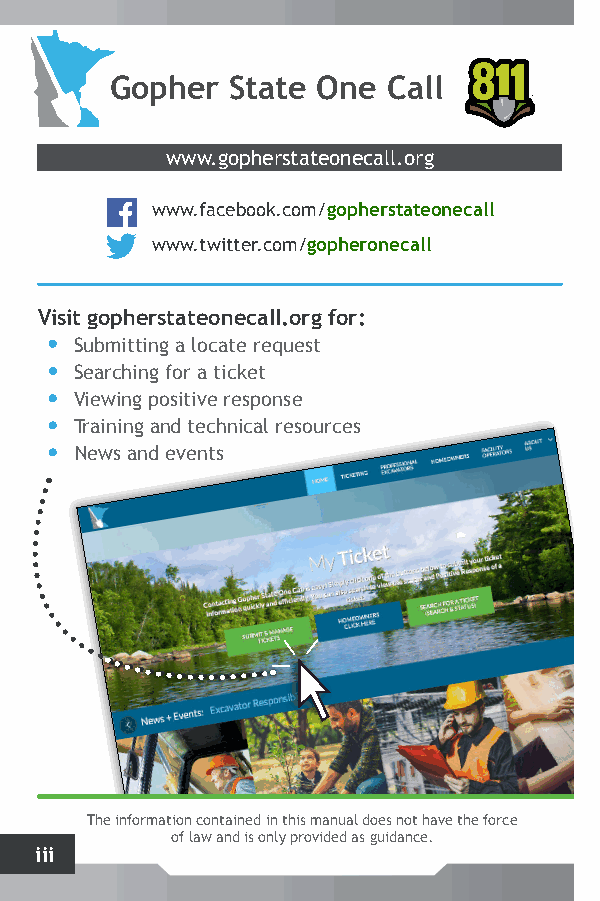
Gopher  State One  Call
 www.gopherstateonecall.org
 www.facebook.com/gopherstateonecall
 www.twitter.com/gopheronecall
 Visit gopherstateonecall.org for:
 Submitting a locate request
 Searching for a ticket
 Viewing positive response
 Training and technical resources
 News and events
 The information contained in this manual does not have the force
 of law and is only provided as guidance.
 iii